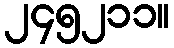
၂၄၅၂၁၁။